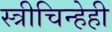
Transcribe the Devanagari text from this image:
स्त्रीचिन्हेही